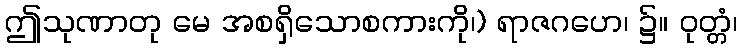
ဤသုဏာတု မေ အစရှိသောစကားကို၊) ရာဇဂဟေ၊ ၌။ ဝုတ္တံ၊